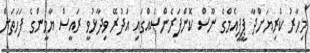
މިހާރު ކުރިޔަށްދާ ޕީޕީއެމްގެ ނޫސް ކޮންފަރެންސެއްގައި އަދުރޭ ވިދާޅުވީ ރައީސް ޔާމީންގެ ފަހަތަށް